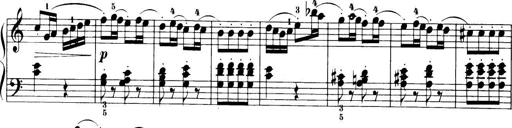
Title: 32 Sonatinas and Rondos for the Piano
Composer: Richard Kleinmichel